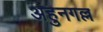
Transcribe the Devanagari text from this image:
अहुनगल्ल